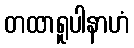
တထာရူပါနာဟံ